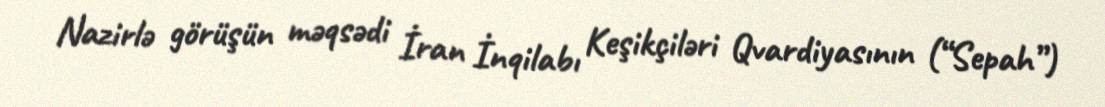
Nazirlə görüşün məqsədi İran İnqilabı Keşikçiləri Qvardiyasının (“Sepah”)